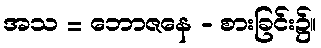
အသ = ဘောဇနေ - စားခြင်း၌။